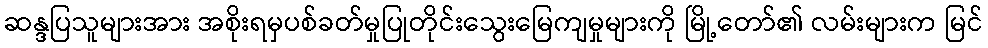
ဆန္ဒပြသူများအား အစိုးရမှပစ်ခတ်မှုပြုတိုင်းသွေးမြေကျမှုများကို မြို့တော်၏ လမ်းများက မြင်